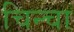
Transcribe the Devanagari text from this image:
चिन्चा